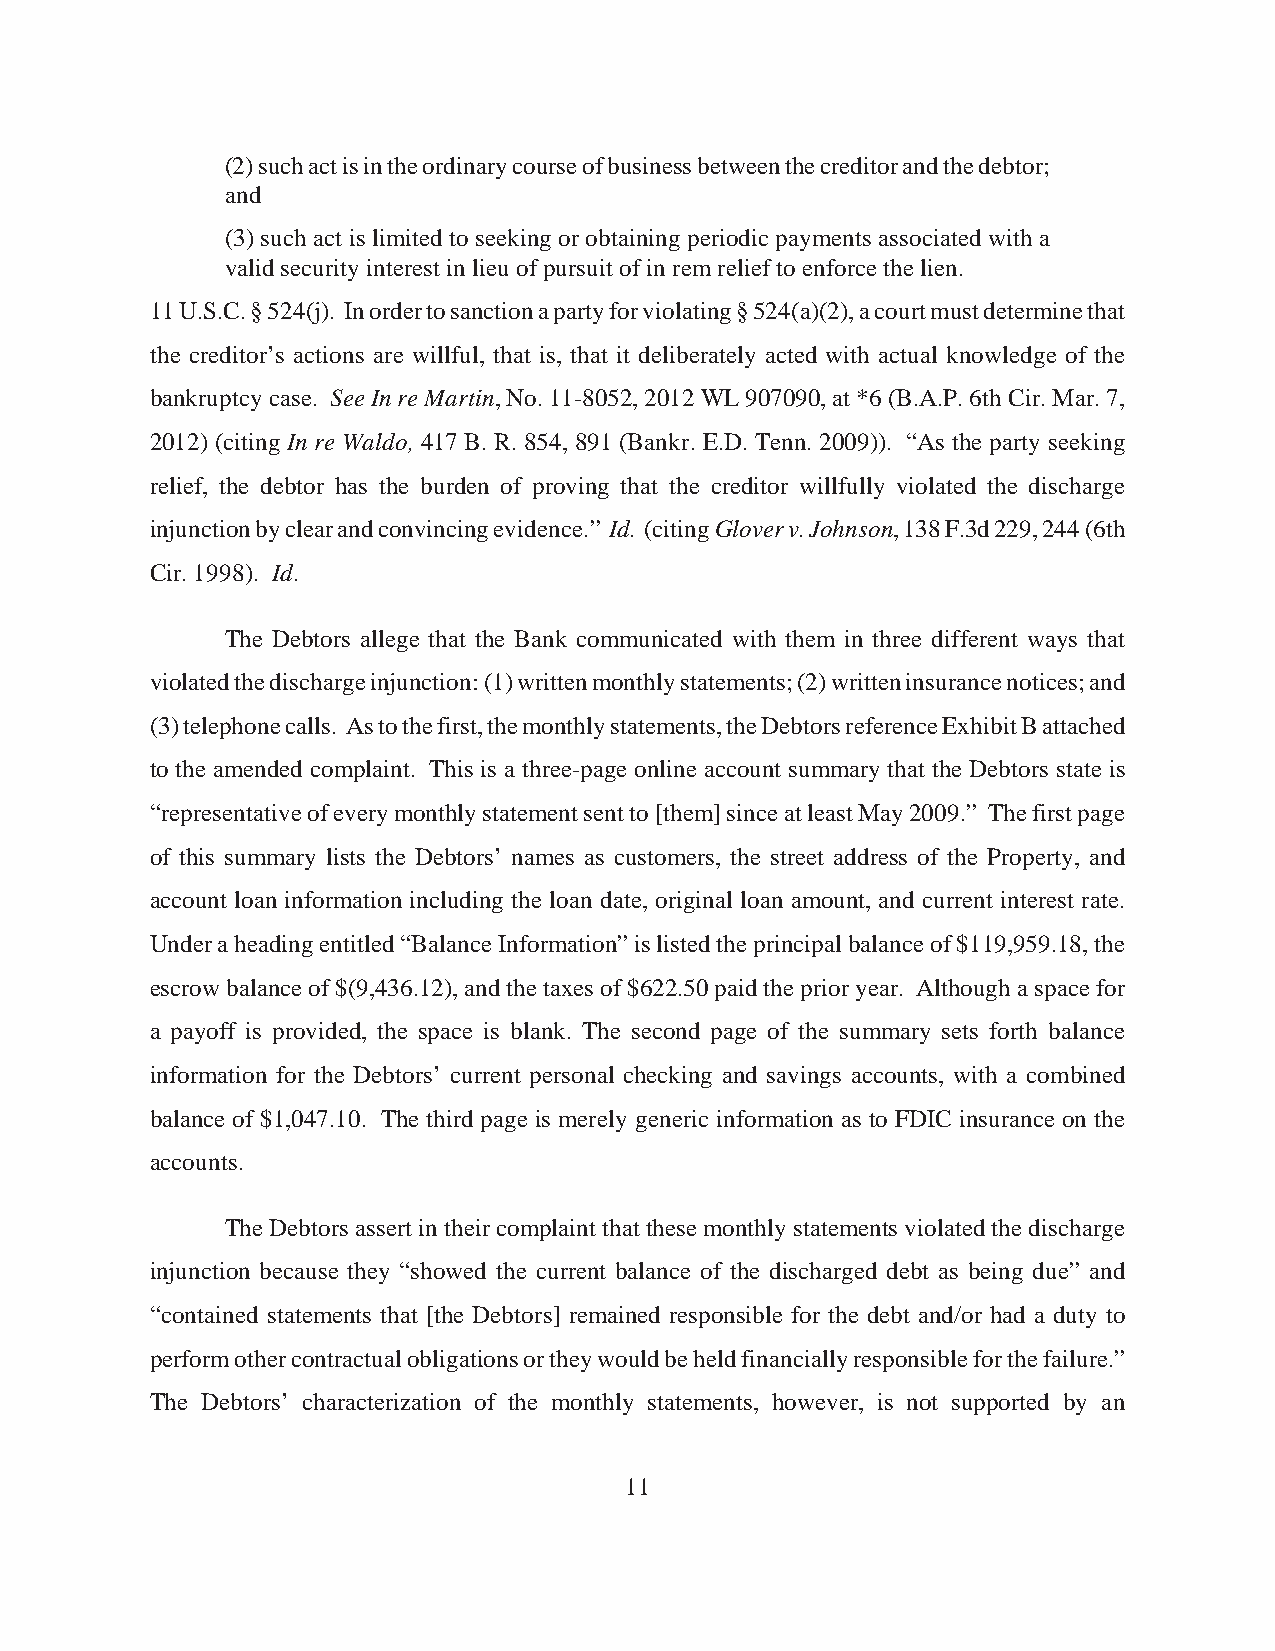
(2) such act is in the ordinary course of business between the creditor and the debtor;
 and
 (3) such act is limited to seeking or obtaining periodic payments associated with a
 valid security interest in lieu of pursuit of in rem relief to enforce the lien.
 11 U.S.C. § 524(j). In order to sanction a party for violating § 524(a)(2), a court must determine that
 the creditor’s actions are willful, that is, that it deliberately acted with actual knowledge of the
 bankruptcy case. See In re Martin, No. 11-8052, 2012 WL 907090, at *6 (B.A.P. 6th Cir. Mar. 7,
 2012) (citing In re Waldo, 417 B. R. 854, 891 (Bankr. E.D. Tenn. 2009)). “As the party seeking
 relief, the debtor has the burden of proving that the creditor willfully violated the discharge
 injunction by clear and convincing evidence.” Id. (citing Glover v. Johnson, 138 F.3d 229, 244 (6th
 Cir. 1998). Id.
 The Debtors allege that the Bank communicated with them in three different ways that
 violated the discharge injunction: (1) written monthly statements; (2) written insurance notices; and
 (3) telephone calls. As to the first, the monthly statements, the Debtors reference Exhibit B attached
 to the amended complaint. This is a three-page online account summary that the Debtors state is
 “representative of every monthly statement sent to [them] since at least May 2009.” The first page
 of this summary lists the Debtors’ names as customers, the street address of the Property, and
 account loan information including the loan date, original loan amount, and current interest rate.
 Under a heading entitled “Balance Information” is listed the principal balance of $119,959.18, the
 escrow balance of $(9,436.12), and the taxes of $622.50 paid the prior year. Although a space for
 a payoff is provided, the space is blank. The second page of the summary sets forth balance
 information for the Debtors’ current personal checking and savings accounts, with a combined
 balance of $1,047.10. The third page is merely generic information as to FDIC insurance on the
 accounts.
 The Debtors assert in their complaint that these monthly statements violated the discharge
 injunction because they “showed the current balance of the discharged debt as being due” and
 “contained statements that [the Debtors] remained responsible for the debt and/or had a duty to
 perform other contractual obligations or they would be held financially responsible for the failure.”
 The Debtors’ characterization of the monthly statements, however, is not supported by an
 11